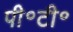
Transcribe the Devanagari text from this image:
पी॰टी॰